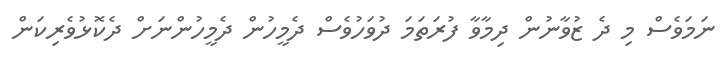
ނަމަވެސް މި ދެ ޒުވާނުން ދިމާވާ ފުރަތަމަ ދުވަހުވެސް ދެމީހުން ދެމީހުންނަށް ދެކޮޅުވެރިކަން